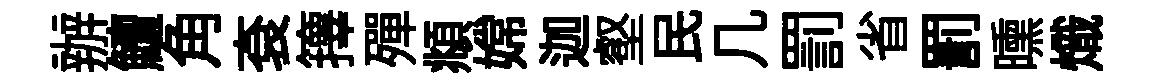
辦鱣角袞籜殫頫嫦迦壑民几罰省罰曛熾